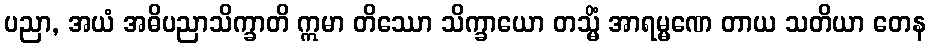
ပညာ, အယံ အဓိပညာသိက္ခာတိ ဣမာ တိဿော သိက္ခာယော တသ္မိံ အာရမ္မဏေ တာယ သတိယာ တေန